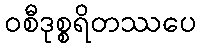
ဝစီဒုစ္စရိတဿပေ